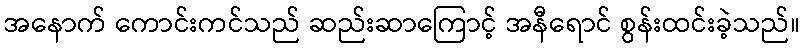
အနောက် ကောင်းကင်သည် ဆည်းဆာကြောင့် အနီရောင် စွန်းထင်းခဲ့သည်။